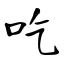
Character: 吃